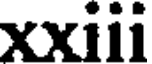
xxiii